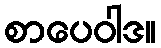
စာပေဝါဒ။